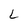
Character: L